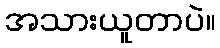
အသားယူတာပဲ။